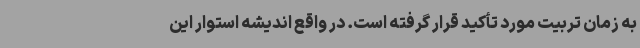
به زمان تربیت مورد تأکید قرار گرفته است. در واقع اندیشه استوار این